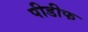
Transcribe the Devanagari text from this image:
पीडीफ